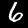
Digit: 6